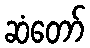
ဆံတော်